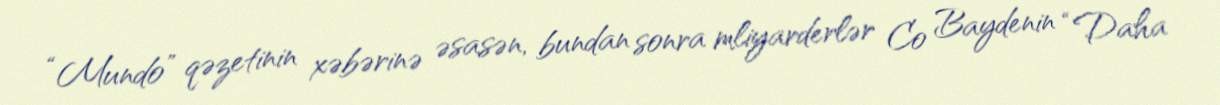
“Mundo” qəzetinin xəbərinə əsasən, bundan sonra mliyarderlər Co Baydenin “Daha